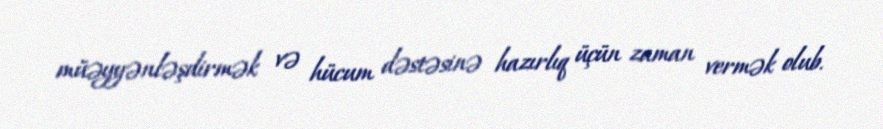
müəyyənləşdirmək və hücum dəstəsinə hazırlıq üçün zaman vermək olub.